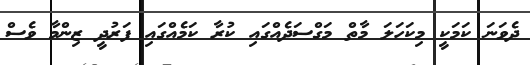
ދެވަނަ ކަމަކީ މިކަހަލަ މާތް މަގްސަދެއްގައި ކުރާ ކަމެއްގައި ފަރުދީ ޒިންމާ ވެސް